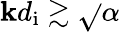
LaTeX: \mathbf{k}d_{\mathrm{{i}}}\gtrsim\sqrt{}{{\alpha}}